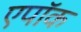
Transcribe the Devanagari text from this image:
एपॉक